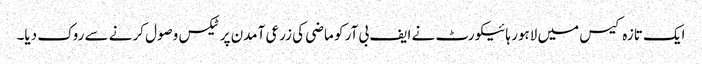
ایک تازہ کیس میں لاہور ہائیکورٹ نے ایف بی آر کو ماضی کی زرعی آمدن پر ٹیکس وصول کرنے سے روک دیا۔